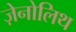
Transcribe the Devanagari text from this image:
ज़ेनोलिथ